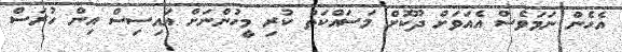
އެހެން ނަމަވެސް އެއަވަށް ދޫކޮށް މަސައްކަތް ކުރި މީހުންނަށް އައިސިސް އިން ހުރަސް